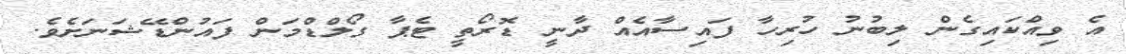
އެ ވިއްކައިގެން ލިބުނު ހުރިހާ ފައިސާއެއް ދާނީ ޑޮރޯތީ ޓެޕާ ގޯލްޑްމަން ފައުންޑޭޝަނަށެވެ.